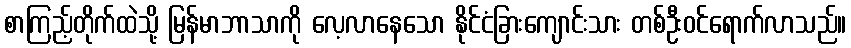
စာကြည့်တိုက်ထဲသို့ မြန်မာဘာသာကို လေ့လာနေသော နိုင်ငံခြားကျောင်းသား တစ်ဦးဝင်ရောက်လာသည်။